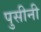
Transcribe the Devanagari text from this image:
पुसीनी